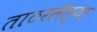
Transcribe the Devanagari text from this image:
ताठरलेल्या